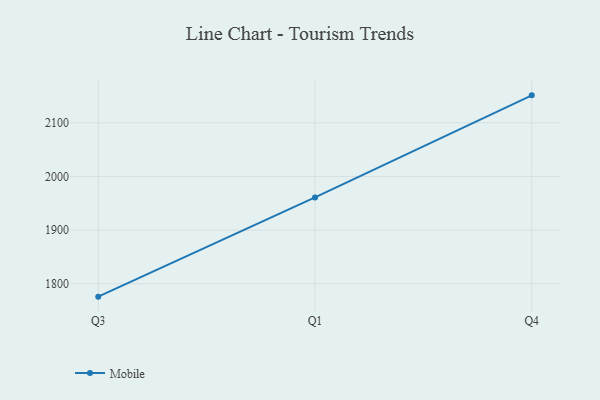
{"axis": {"x": "Quarter", "y": "Satisfaction Score"}, "legend": ["Mobile"], "data": [{"x": "Q3", "y": 1776.0, "type": "Mobile"}, {"x": "Q1", "y": 1960.9, "type": "Mobile"}, {"x": "Q4", "y": 2151.2, "type": "Mobile"}]}